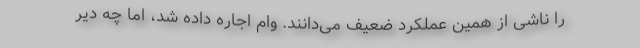
را ناشی از همین عملکرد ضعیف می‌دانند. وام اجاره داده شد، اما چه دیر